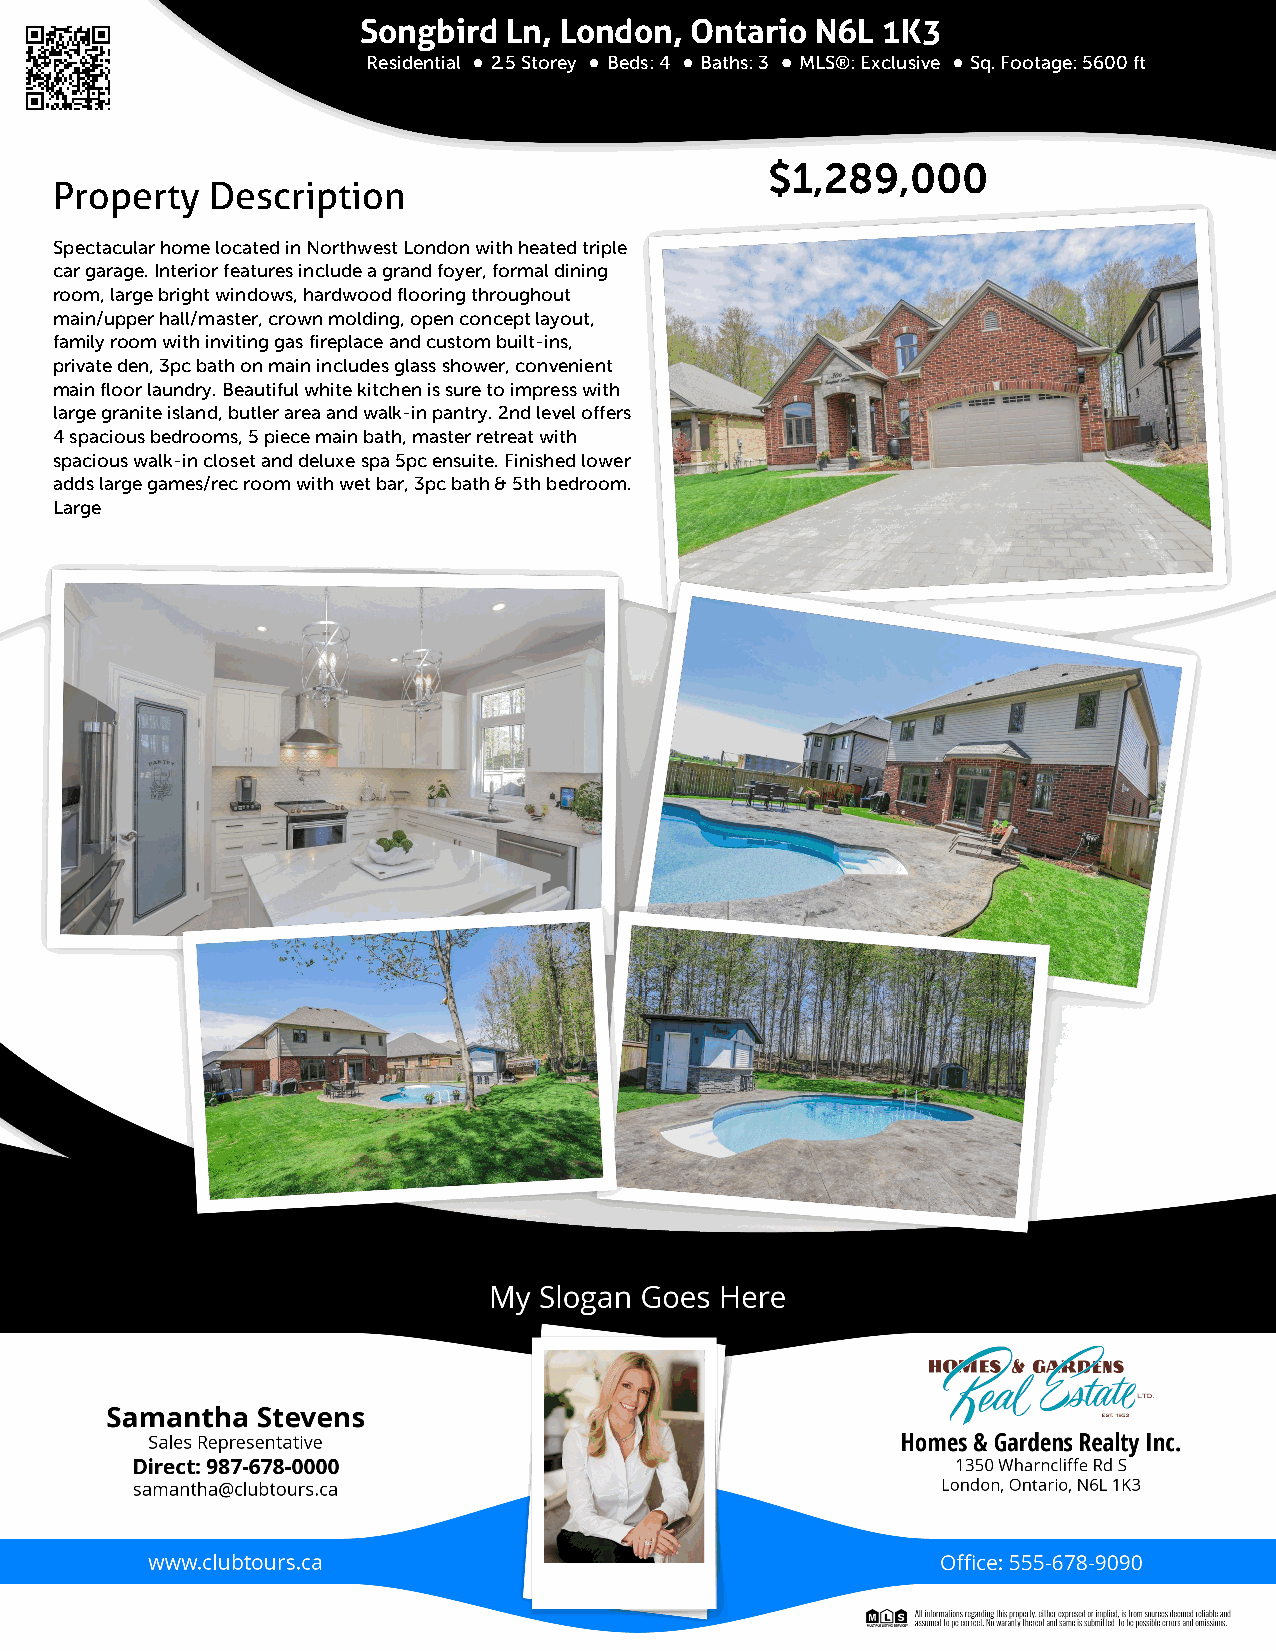
Songbird  Ln, London, Ontario N6L 1K3
 Residential 2.5 Storey Beds: 4 Baths: 3 MLS®: Exclusive Sq. Footage: 5600 ft
 $1,289,000
 Property  Description
 Spectacular home located in Northwest London with heated triple
 car garage. Interior features include a grand foyer, formal dining
 room, large bright windows, hardwood flooring throughout
 main/upper hall/master, crown molding, open concept layout,
 family room with inviting gas fireplace and custom built-ins,
 private den, 3pc bath on main includes glass shower, convenient
 main floor laundry. Beautiful white kitchen is sure to impress with
 large granite island, butler area and walk-in pantry. 2nd level offers
 4 spacious bedrooms, 5 piece main bath, master retreat with
 spacious walk-in closet and deluxe spa 5pc ensuite. Finished lower
 adds large games/rec room with wet bar, 3pc bath & 5th bedroom.
 Large